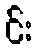
င်း